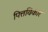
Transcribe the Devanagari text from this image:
पित्तविकार